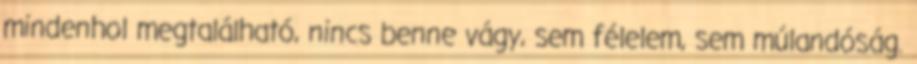
mindenhol megtalálható, nincs benne vágy, sem félelem, sem múlandóság.